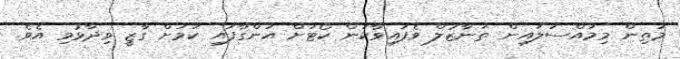
މަތިން މިމައްސަލައިން ތަނާޒުލް ވެފައިވާކަން ކޯޓަށް އަންގާފައި ކަމަށް ގާޒީ ވިދާޅުވި އެވެ.